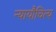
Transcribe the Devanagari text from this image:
न्यायौचित्य